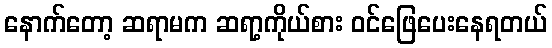
နောက်တော့ ဆရာမက ဆရာ့ကိုယ်စား ဝင်ဖြေပေးနေရတယ်